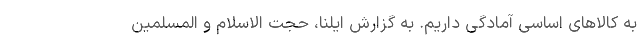
به کالا‌های اساسی آمادگی داریم. به گزارش ایلنا، حجت الاسلام و المسلمین